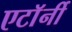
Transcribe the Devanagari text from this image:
एटाॅर्नी